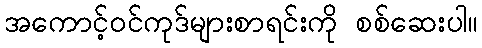
အကောင့်ဝင်ကုဒ်များစာရင်းကို စစ်ဆေးပါ။